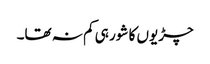
چڑیوں کا شور ہی کم نہ تھا۔